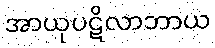
အာယုပဋိလာဘာယ